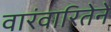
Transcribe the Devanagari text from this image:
वारंवारितेने